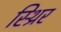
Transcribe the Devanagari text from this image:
स्थ्रिर